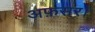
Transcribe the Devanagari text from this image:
अफ़सर।